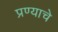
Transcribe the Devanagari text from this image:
प्रण्याचे